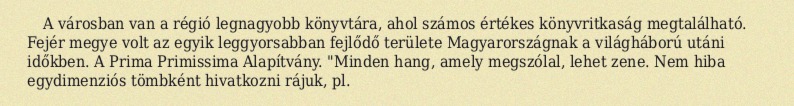
A városban van a régió legnagyobb könyvtára, ahol számos értékes könyvritkaság megtalálható. Fejér megye volt az egyik leggyorsabban fejlődő területe Magyarországnak a világháború utáni időkben. A Prima Primissima Alapítvány. "Minden hang, amely megszólal, lehet zene. Nem hiba egydimenziós tömbként hivatkozni rájuk, pl.